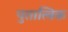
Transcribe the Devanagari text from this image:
पुतात्विक